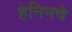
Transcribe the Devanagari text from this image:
हेनिनचे